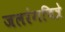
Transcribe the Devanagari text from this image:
जलरंगचित्रे